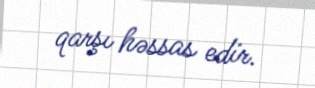
qarşı həssas edir.